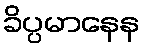
ခိပ္ပမာနေန